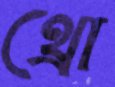
থ্রো